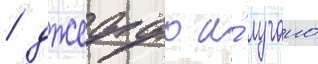
/ джеффо и́ лучано